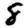
Digit: 8